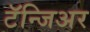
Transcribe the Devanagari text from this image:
टॅन्जिअर